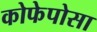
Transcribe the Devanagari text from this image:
कोफेपोसा